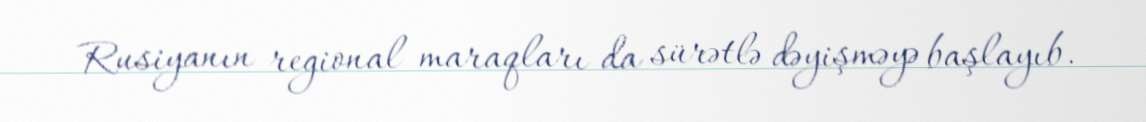
Rusiyanın regional maraqları da sürətlə dəyişməyə başlayıb.